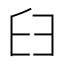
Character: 𦥑